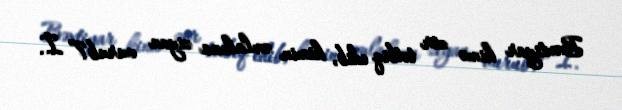
Bəxtiyar kimə zor tətbiq edib, kimin əmlakına ziyan vurub?” İ.